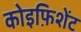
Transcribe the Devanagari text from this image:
कोइफ़िशेंट